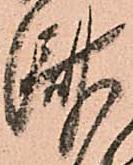
済